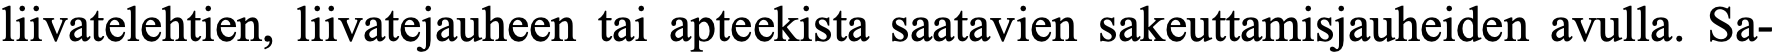
liivatelehtien, liivatejauheen tai apteekista saatavien sakeuttamisjauheiden avulla. Sa-